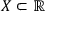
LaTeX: X \subset \mathbb { R }